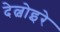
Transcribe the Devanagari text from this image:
देल्वोइरे